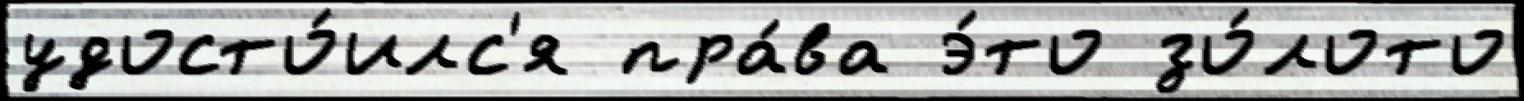
удосто́илс'я пра́ва э́то зо́лото